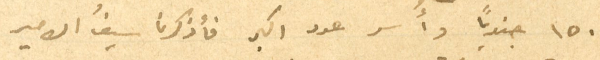
١٥٠ جنديًا وأُسر عدد اكبر فأذكرنا سيفُ الامير